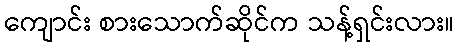
ကျောင်း စားသောက်ဆိုင်က သန့်ရှင်းလား။